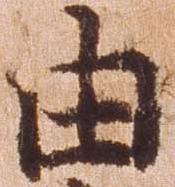
由